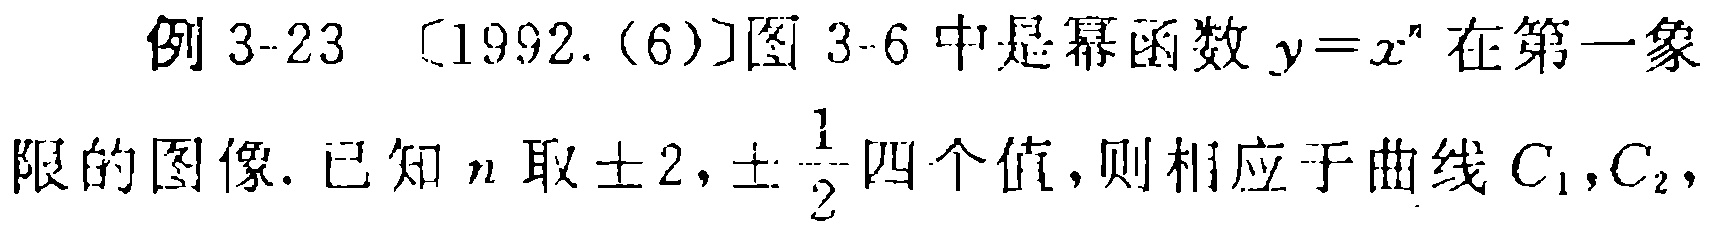
例 3-23 〔1992.(6)〕图 3-6 中是幂函数 \(y = x^{n}\) 在第一象
限的图像. 已知 \(n\) 取 \(\pm 2,\pm\frac{1}{2}\) 四个值, 则相应于曲线 \(C_{1},C_{2},\)